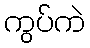
ကွပ်ကဲ